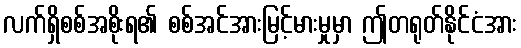
လက်ရှိစစ်အစိုးရ၏ စစ်အင်အားမြင့်မားမှုမှာ ဤတရုတ်နိုင်ငံအား